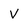
Character: V